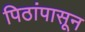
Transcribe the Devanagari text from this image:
पिठांपासून